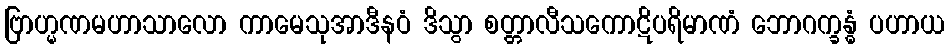
ဗြာဟ္မဏမဟာသာလော ကာမေသုအာဒီနဝံ ဒိသွာ စတ္တာလီသကောဋိပရိမာဏံ ဘောဂက္ခန္ဓံ ပဟာယ